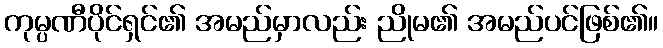
ကုမ္ပဏီပိုင်ရှင်၏ အမည်မှာလည်း ညိုမ၏ အမည်ပင်ဖြစ်၏။